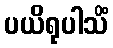
ပယိရုပါသိံ